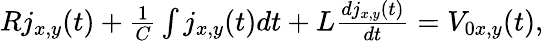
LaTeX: \begin{array}{r}{Rj_{x,y}(t)+\frac{1}{C}\int j_{x,y}(t)dt+L\frac{dj_{x,y}(t)}{dt}=V_{0x,y}(t),}\end{array}